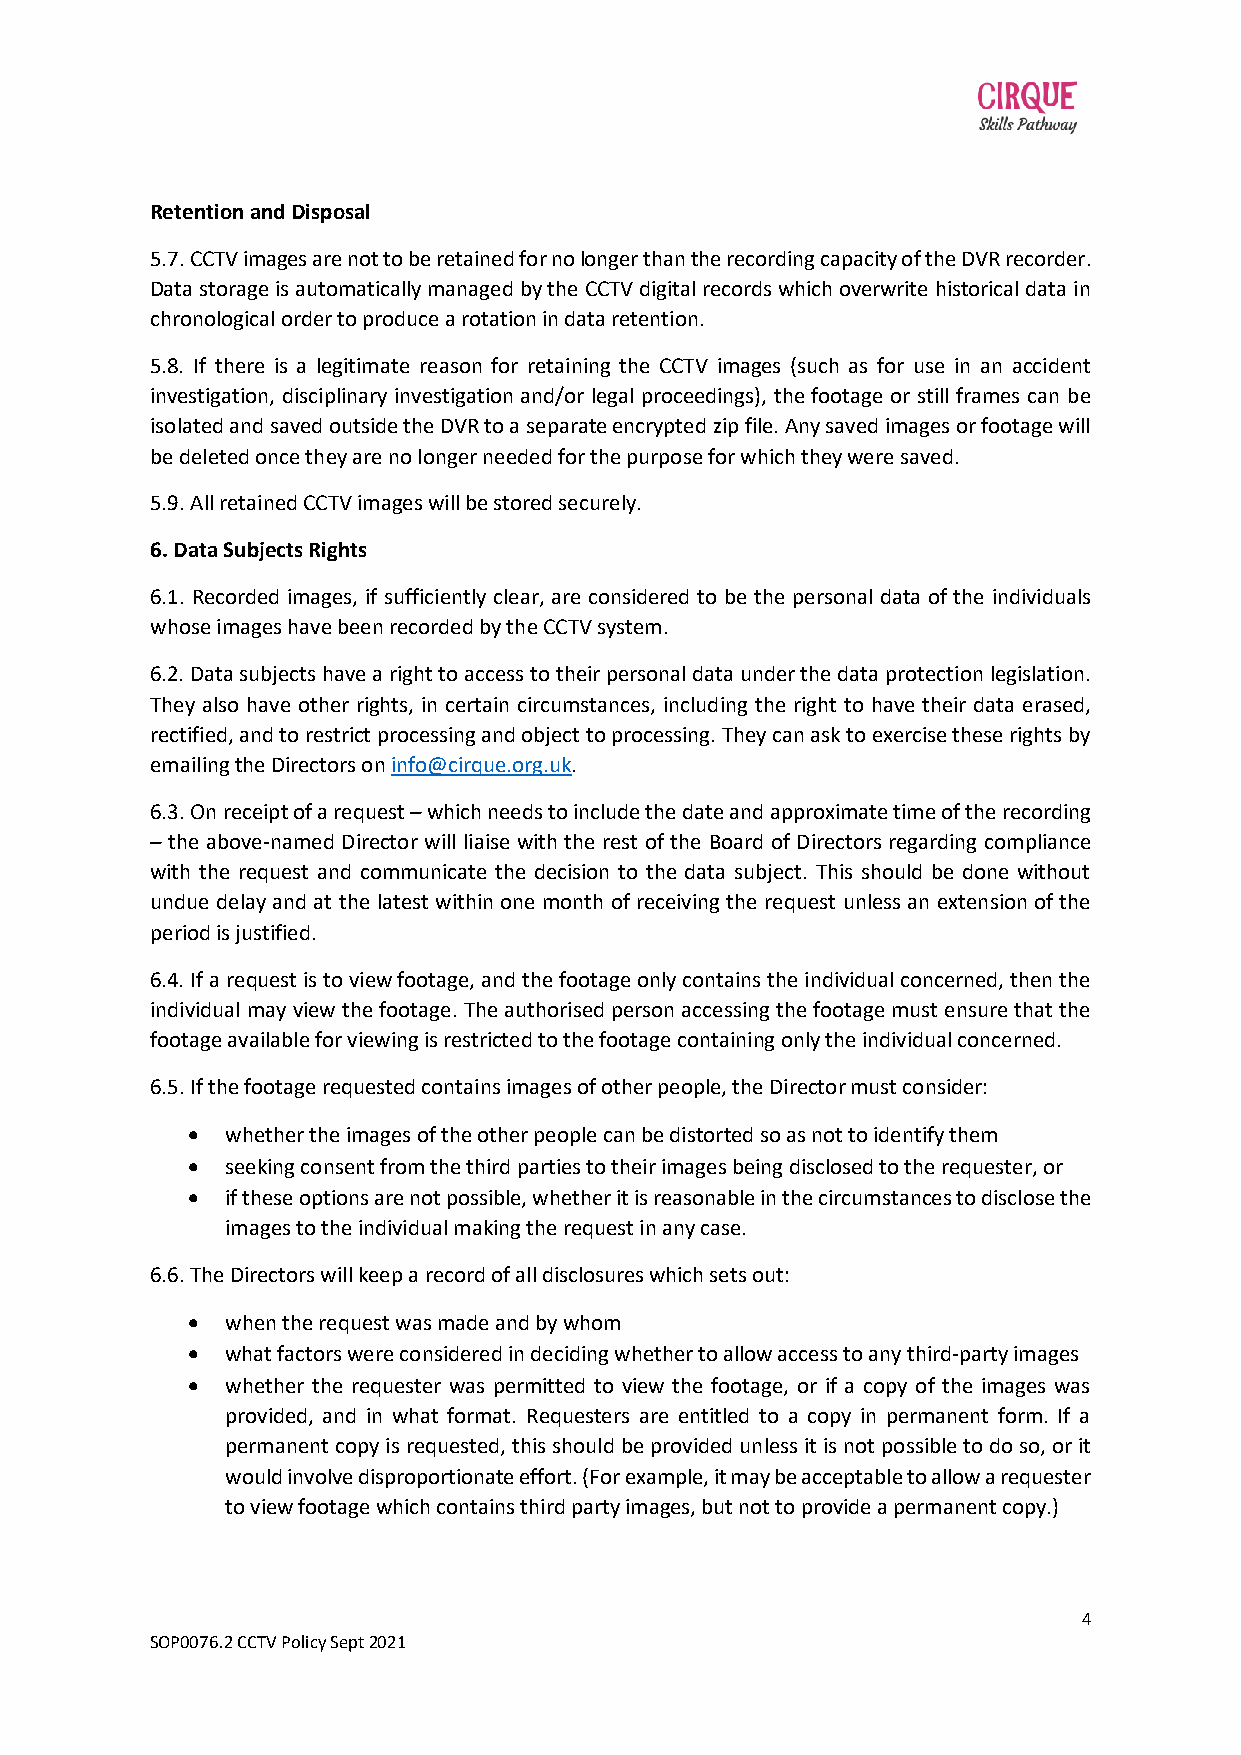
Retention and Disposal
 5.7. CCTV images are not to be retained for no longer than the recording capacity of the DVR recorder.
 Data storage is automatically managed by the CCTV digital records which overwrite historical data in
 chronological order to produce a rotation in data retention.
 5.8. If there is a legitimate reason for retaining the CCTV images (such as for use in an accident
 investigation, disciplinary investigation and/or legal proceedings), the footage or still frames can be
 isolated and saved outside the DVR to a separate encrypted zip file. Any saved images or footage will
 be deleted once they are no longer needed for the purpose for which they were saved.
 5.9. All retained CCTV images will be stored securely.
 6. Data Subjects Rights
 6.1. Recorded images, if sufficiently clear, are considered to be the personal data of the individuals
 whose images have been recorded by the CCTV system.
 6.2. Data subjects have a right to access to their personal data under the data protection legislation.
 They also have other rights, in certain circumstances, including the right to have their data erased,
 rectified, and to restrict processing and object to processing. They can ask to exercise these rights by
 emailing the Directors on info@cirque.org.uk.
 6.3. On receipt of a request – which needs to include the date and approximate time of the recording
 – the above-named Director will liaise with the rest of the Board of Directors regarding compliance
 with the request and communicate the decision to the data subject. This should be done without
 undue delay and at the latest within one month of receiving the request unless an extension of the
 period is justified.
 6.4. If a request is to view footage, and the footage only contains the individual concerned, then the
 individual may view the footage. The authorised person accessing the footage must ensure that the
 footage available for viewing is restricted to the footage containing only the individual concerned.
 6.5. If the footage requested contains images of other people, the Director must consider:
 •  whether the images of the other people can be distorted so as not to identify them
 •  seeking consent from the third parties to their images being disclosed to the requester, or
 •  if these options are not possible, whether it is reasonable in the circumstances to disclose the
 images to the individual making the request in any case.
 6.6. The Directors will keep a record of all disclosures which sets out:
 •  when the request was made and by whom
 •  what factors were considered in deciding whether to allow access to any third-party images
 •  whether the requester was permitted to view the footage, or if a copy of the images was
 provided, and in what format. Requesters are entitled to a copy in permanent form. If a
 permanent copy is requested, this should be provided unless it is not possible to do so, or it
 would involve disproportionate effort. (For example, it may be acceptable to allow a requester
 to view footage which contains third party images, but not to provide a permanent copy.)
 4
 SOP0076.2 CCTV Policy Sept 2021